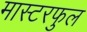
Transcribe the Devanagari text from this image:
मास्टरफुल